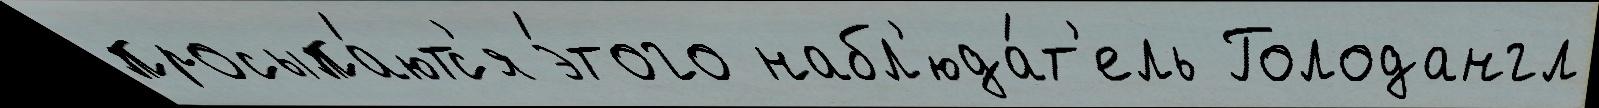
просыпа́ютс'я э́того набл'юда́т'ель Голодангл